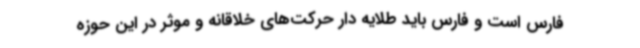
فارس است و فارس باید طلایه دار حرکت‌های خلاقانه و موثر در این حوزه